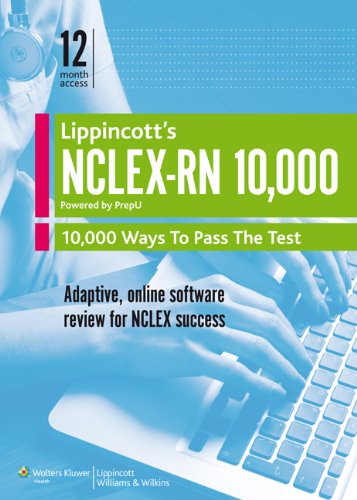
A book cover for NCLEX-RN 10,000 Powered by PrepU; Lippincott  Williams & Wilkins; Test Preparation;